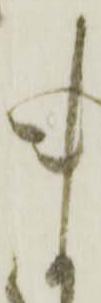
ま